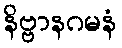
နိဗ္ဗာနဂမနံ